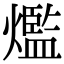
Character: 爁